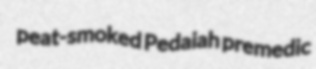
peat-smoked Pedaiah premedic